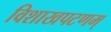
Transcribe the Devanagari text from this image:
विशाखपटणम्‌